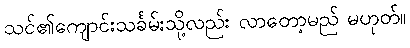
သင်၏ကျောင်းသင်္ခမ်းသို့လည်း လာတော့မည် မဟုတ်။